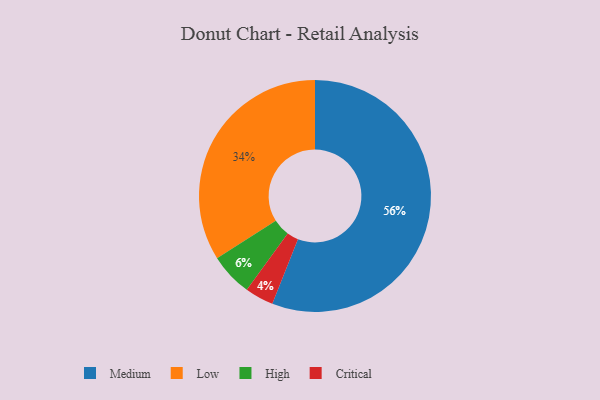
{"axis": {"x": "Category", "y": "Percentage"}, "legend": ["Critical", "High", "Low", "Medium"], "data": [{"x": "Low", "y": 34, "type": "Low"}, {"x": "Medium", "y": 56, "type": "Medium"}, {"x": "High", "y": 6, "type": "High"}, {"x": "Critical", "y": 4, "type": "Critical"}]}